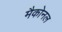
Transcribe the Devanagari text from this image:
मैकोनल